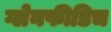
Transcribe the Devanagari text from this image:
ग्लेनफीडिच